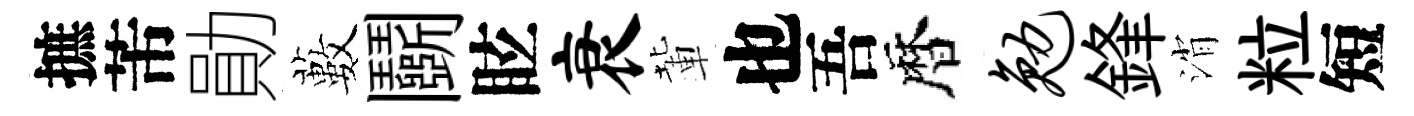
摭芾勛藪鬬眩衰輩也吾暦勉鋒消粒短